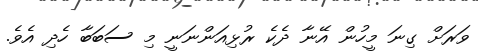
ވަރަށް ގިނަ މީހުން އޭނާ ދެކެ ރުޅިއަންނަނީ މި ސަބަބާ ހެދި އެވެ.